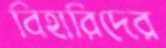
বিহারিদের